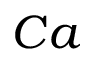
C a